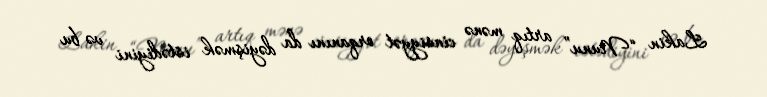
Lakin “Nunu” artıq mənə cinsiyyət orqanını da dəyişmək istədiyini və bu